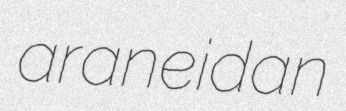
araneidan